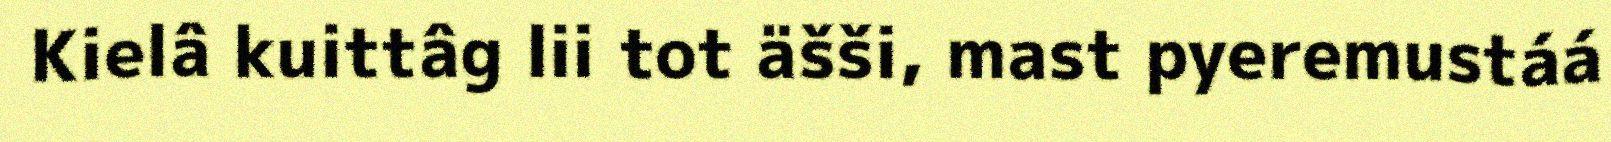
Kielâ kuittâg lii tot äšši, mast pyeremustáá